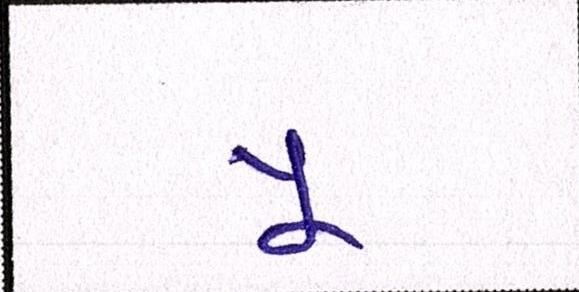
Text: યૂ